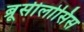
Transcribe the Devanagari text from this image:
ब्रूसीलोसिस